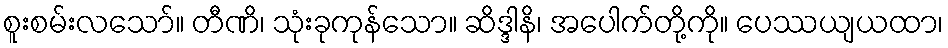
စူးစမ်းလသော်။ တီဏိ၊ သုံးခုကုန်သော။ ဆိဒ္ဒါနိ၊ အပေါက်တို့ကို။ ပေဿယျယထာ၊